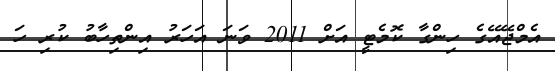
އެމްޖޭއޭގެ ހިންގާ ކޮމެޓީ އަށް 2011 ވަނަ އަހަރު އިންތިހާބު ކުރި ހަ